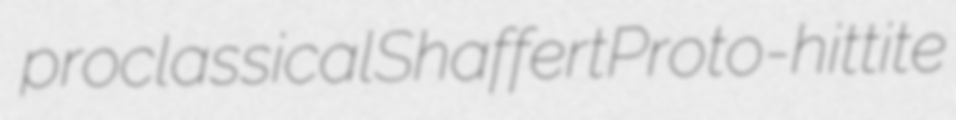
proclassical Shaffert Proto-hittite